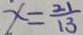
x = \frac { 2 1 } { 1 3 }